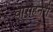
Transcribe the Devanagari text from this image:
वाराहनेरी